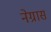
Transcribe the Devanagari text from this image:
नेग्रास